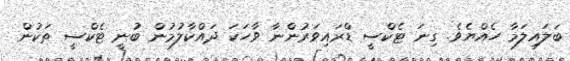
ބަލައިލަމާ ހެއްޔެވެ. ގިނަ ޓެކްސީ ޑްރައިވަރުންނާ ވާހަކަ ދައްކާލުމުން ބުނީ ޓެކްސީ ތަކުން